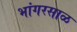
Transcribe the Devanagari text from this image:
भांगरसाळ